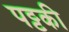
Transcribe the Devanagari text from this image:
पट्टकी